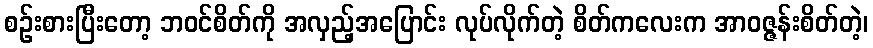
စဉ်းစားပြီးတော့ ဘဝင်စိတ်ကို အလှည့်အပြောင်း လုပ်လိုက်တဲ့ စိတ်ကလေးက အာဝဇ္ဇန်းစိတ်တဲ့၊